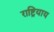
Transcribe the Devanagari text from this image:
राष्ट्रियाय